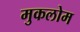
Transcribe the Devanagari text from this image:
मुकलोम